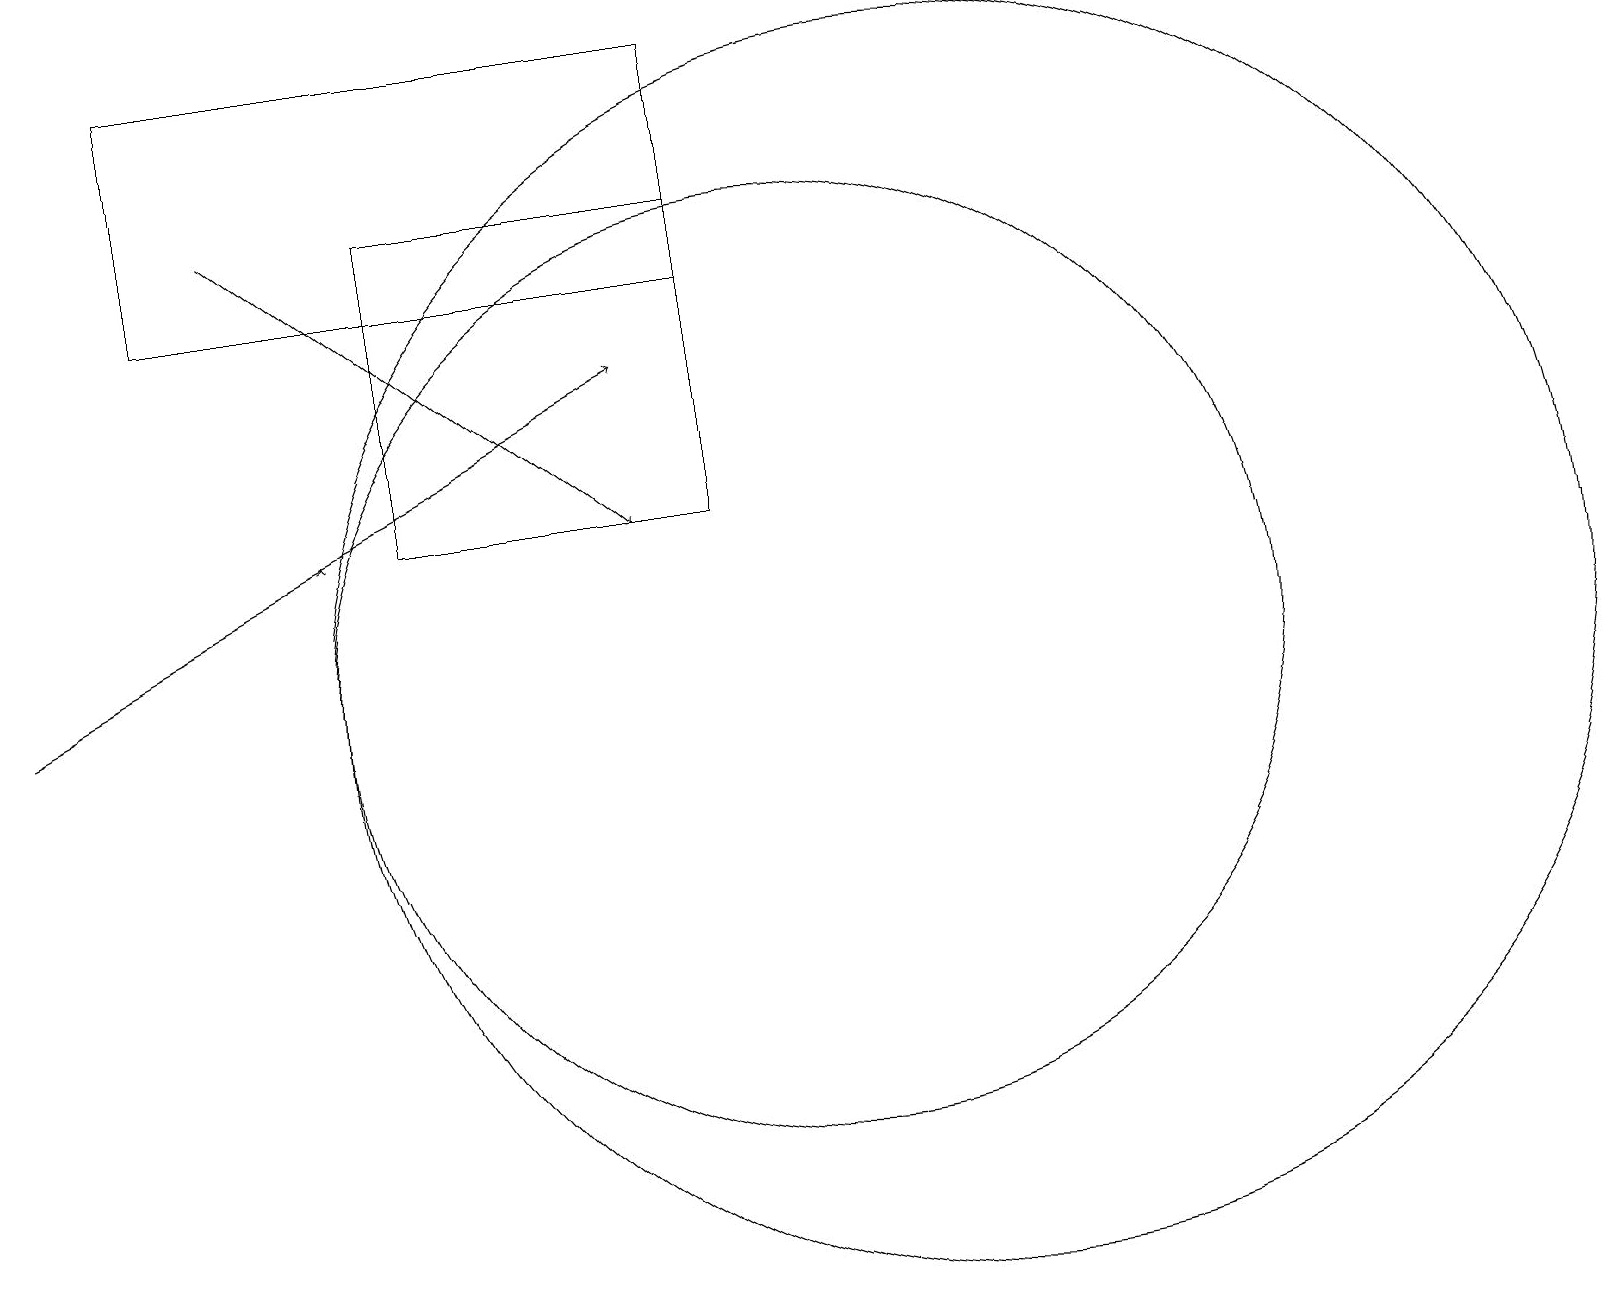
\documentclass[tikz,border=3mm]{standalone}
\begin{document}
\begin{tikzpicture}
\draw (9,17) rectangle (5,13);
\draw (12,11) circle (8);
\draw (10,11) circle (6);
\draw (9,16) rectangle (2,19);
\draw[->] (0,11) -- (8,15);
\draw[->] (3,17) -- (8,13);
\draw (11,11) circle (0);
\draw[->] (4,13) -- (4,13);
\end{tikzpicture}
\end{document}